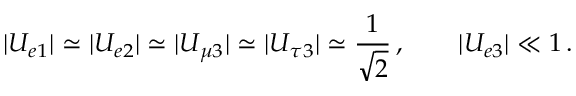
| U _ { e 1 } | \simeq | U _ { e 2 } | \simeq | U _ { \mu 3 } | \simeq | U _ { \tau 3 } | \simeq \frac { 1 } { \sqrt { 2 } } \, , \qquad | U _ { e 3 } | \ll 1 \, .